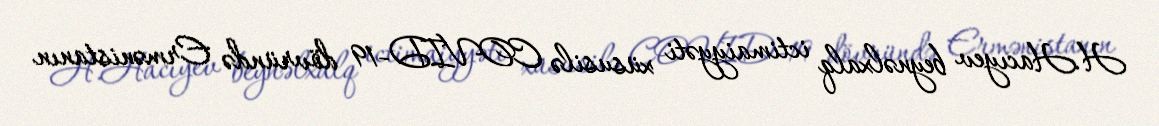
H.Hacıyev beynəlxalq ictimaiyyəti xüsusilə COVID-19 dövründə Ermənistanın